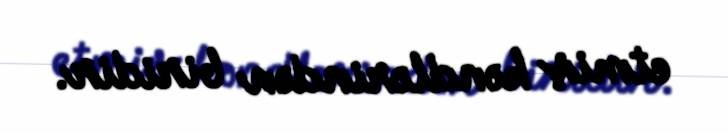
etmiş kəndlərindən biridir.